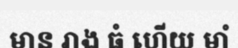
មាន រាង ធំ ហើយ មាំ